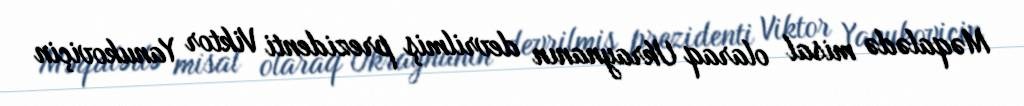
Məqalədə misal olaraq Ukraynanın devrilmiş prezidenti Viktor Yanukoviçin